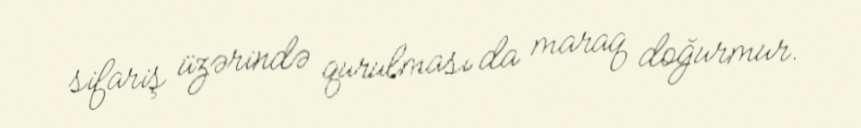
sifariş üzərində qurulması da maraq doğurmur.